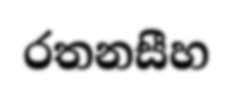
රතනසීහ